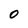
Character: 0